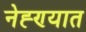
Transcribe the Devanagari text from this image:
नेह्ण्यात